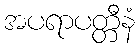
အပရာပတ္တီနံ